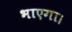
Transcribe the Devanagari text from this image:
भाएगा।